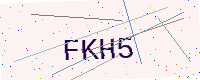
Text: FKH5